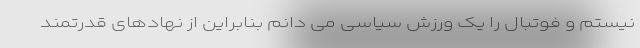
نیستم و فوتبال را یک ورزش سیاسی می دانم بنابراین از نهادهای قدرتمند